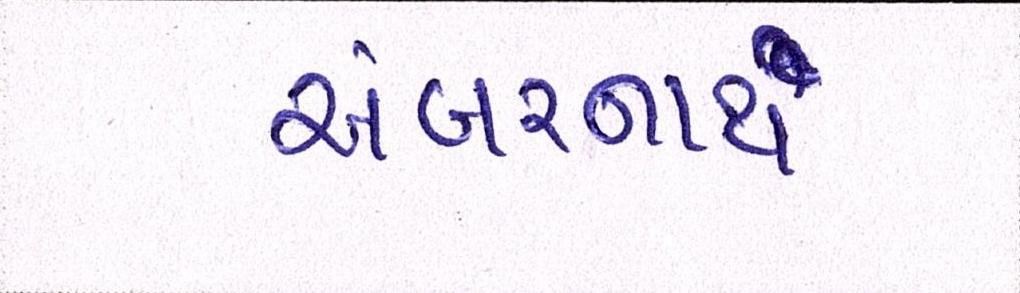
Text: અંબરનાથ